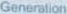
Generation